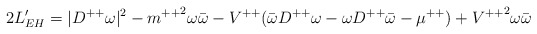
\begin{align*}2L'_{EH}=|{D^{++}\omega}|^2-{m^{++}}^2\omega\bar{\omega}-V^{++}(\bar{\omega}D^{++}\omega - \omega D^{++}\bar{\omega}- \mu^{++})+{V^{++}}^2\omega \bar{\omega}\end{align*}